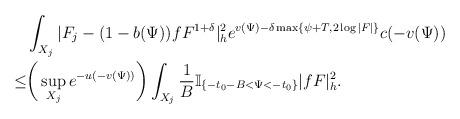
LaTeX: \begin{align*}&\int_{X_j}|F_{j}-(1-b(\Psi))fF^{1+\delta}|_{h}^2e^{v(\Psi)-\delta \max\{\psi+T,2\log|F|\}}c(-v(\Psi))\\\le&\bigg(\sup_{X_j}e^{-u(-v(\Psi))}\bigg)\int_{X_j}\frac{1}{B}\mathbb{I}_{\{-t_0-B<\Psi<-t_0\}} |fF|^2_h.\end{align*}